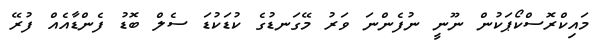
މައިކްރޮސްކޯޕަކުން ނޫނީ ނުފެންނަ ވަރު މޭގަނޑުގެ ކުޑަކުޑަ ސެލް ބޮޑު ފެންޑާއެއް ފުރޭ